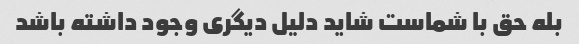
بله حق با شماست شاید دلیل دیگری وجود داشته باشد